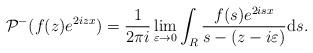
LaTeX: \begin{align*} & \mathcal{P}^- ( f(z) e^{ 2izx}) =\frac{1}{2\pi i}\lim_{\varepsilon \rightarrow 0}\int_{R} \frac{f(s)e^{ 2isx}}{s-(z-i\varepsilon)}\mathrm{d}s.\end{align*}